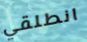
انطلقي